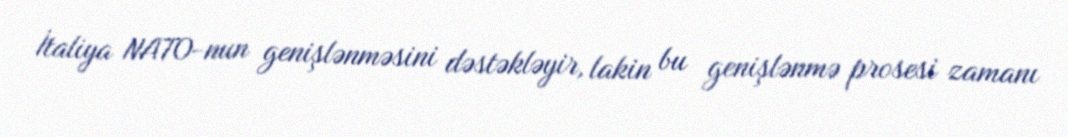
İtaliya NATO-nun genişlənməsini dəstəkləyir, lakin bu genişlənmə prosesi zamanı